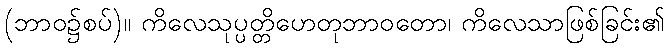
(ဘာဝ၌စပ်)။ ကိလေသုပ္ပတ္တိဟေတုဘာဝတော၊ ကိလေသာဖြစ်ခြင်း၏